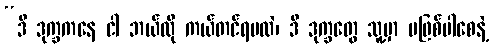
“ဒီ ဒုက္ခကနေ ငါ ဘယ်လို ကယ်တင်ရမလဲ၊ ဒီ ဒုက္ခတွေ သူ့မှာ မဖြစ်ပါစေနဲ့